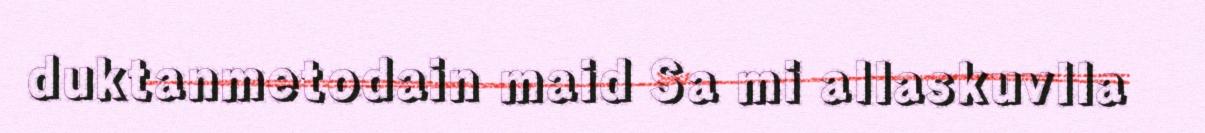
duktanmetodain maid Sa mi allaskuvlla